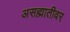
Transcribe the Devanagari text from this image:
असह्मातीवर